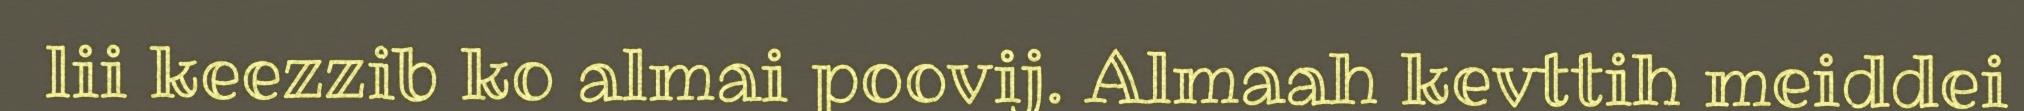
lii keezzib ko almai poovij. Almaah kevttih meiddei